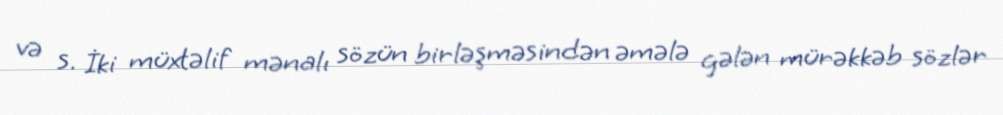
və s. İki müxtəlif mənalı sözün birləşməsindən əmələ gələn mürəkkəb sözlər